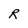
Character: R